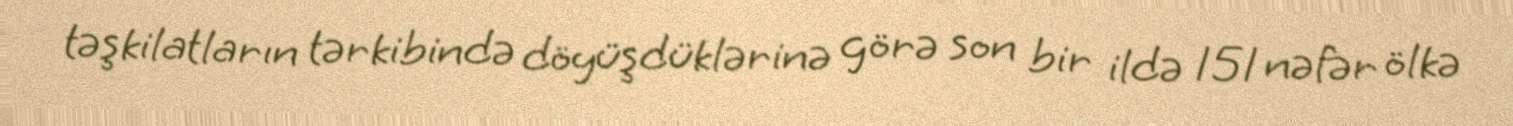
təşkilatların tərkibində döyüşdüklərinə görə son bir ildə 151 nəfər ölkə